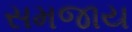
સમજાય